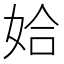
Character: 姶